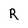
Character: R